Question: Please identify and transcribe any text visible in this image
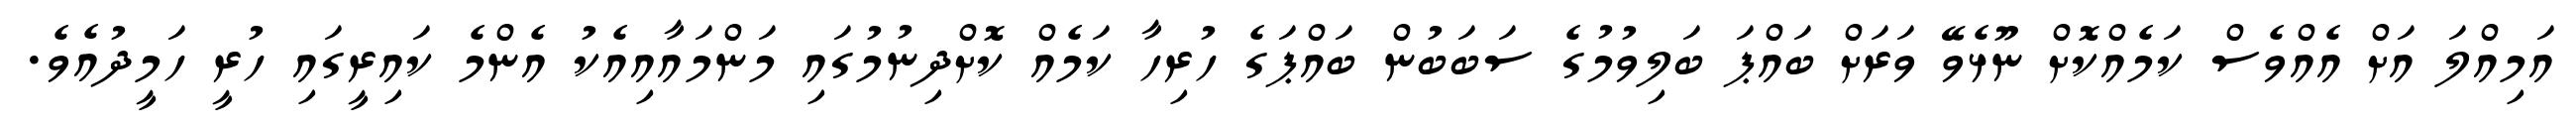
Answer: އަމިއްލަ އަށް އެއްވެސް ކަމެއްކޮށް ނޫޅެވޭ ވަރަށް ބައްޕަ ބަލިވުމުގެ ސަބަބުން ބައްޕަގެ ހުރިހާ ކަމެއް ކޮށްދިނުމުގައި މަންމައާއިއެކު އެންމެ ކައިރީގައި ހުރީ ހަމީދުއެވެ.